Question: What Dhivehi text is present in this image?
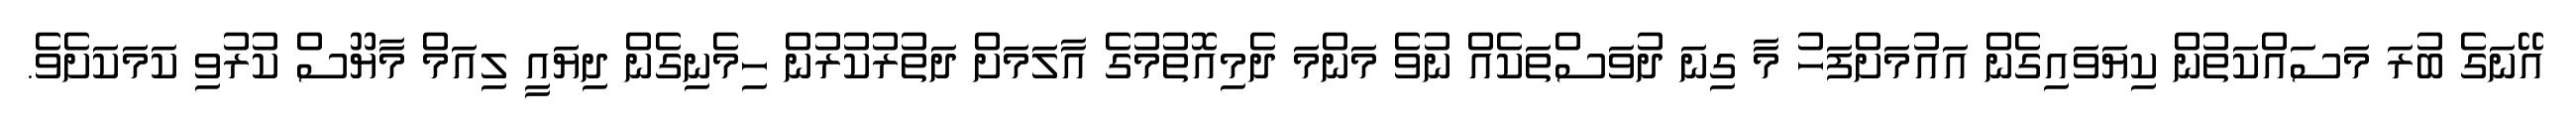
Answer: އޭނަގެ ބުރަ މަސައްކަތުން ކިޔަވައިގެން އައުމަށްފަހު މާ ގިނަ ދުވަސްތަކެއް ނުވެ މަންމަ ދެމިއޮތުމުގެ އާލަމަށް ދަތުރުކުރުން ހިމެނިގެން ދިޔައީ ލިއަމް މާޔޫސް ކުރުވި ކަމަކަށެވެ.